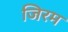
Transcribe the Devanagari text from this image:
जिरम